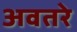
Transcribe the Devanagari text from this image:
अवतरे